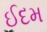
ઈદમ